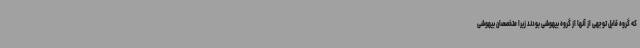
که گروه قابل توجهی از آنها از گروه بیهوشی بودند زیرا متخصصان بیهوشی